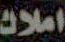
املاك